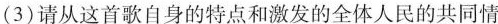
(3)请从这首歌自身的特点和激发的全体人民的共同情